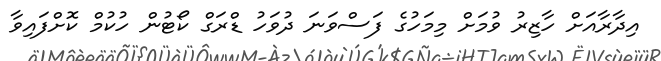
އިދާރާއަށް ހާޒިރު ވުމަށް މިމަހުގެ ފަސްވަނަ ދުވަހު ޑްރަގް ކޯޓުން ހުކުމް ކޮށްފައިވާ